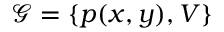
\mathcal { G } = \{ p ( x , y ) , V \}